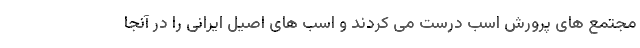
مجتمع های پرورش اسب درست می کردند و اسب های اصیل ایرانی را در آنجا